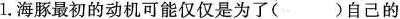
1. 海豚最初的动机可能仅仅是为了( )自己的